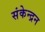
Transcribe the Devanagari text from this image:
संकेन्द्रन